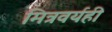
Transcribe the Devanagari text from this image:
मित्रवर्यही